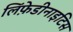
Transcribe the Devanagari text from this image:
लिंफ़ेडीनाइटिस